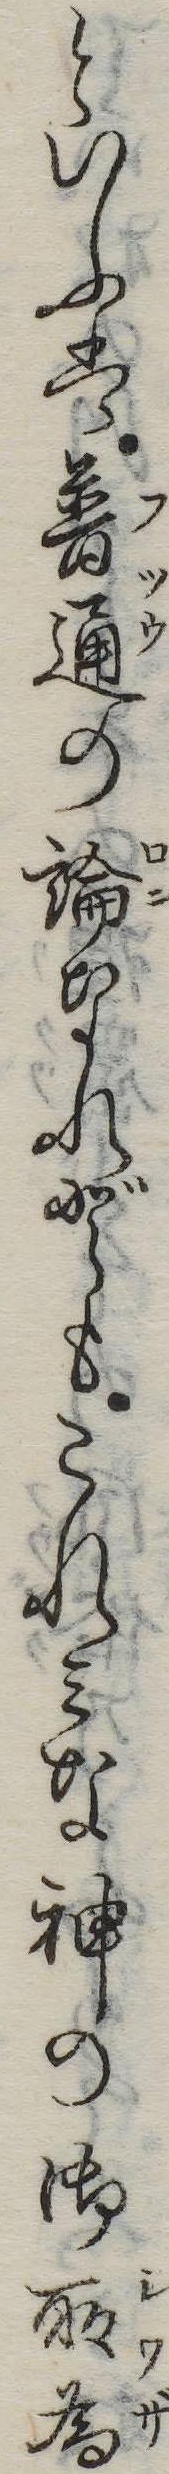
といふは普通の論なれどもこれみな神の御所為